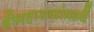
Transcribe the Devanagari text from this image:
श्रीमहाराजांमध्यें